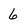
Character: 6